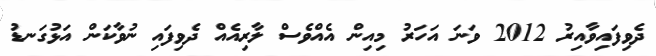
ދެވިފައިވާއިރު 2012 ވަނަ އަހަރު މިއިން އެއްވެސް ލާރިއެއް ދެވިފައި ނުވާކަން އަޅުގަނޑު